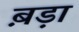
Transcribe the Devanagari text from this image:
ब़ड़ा